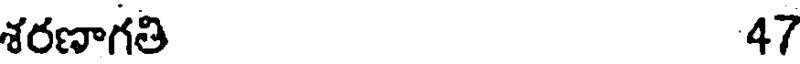
శరణాగతి 47